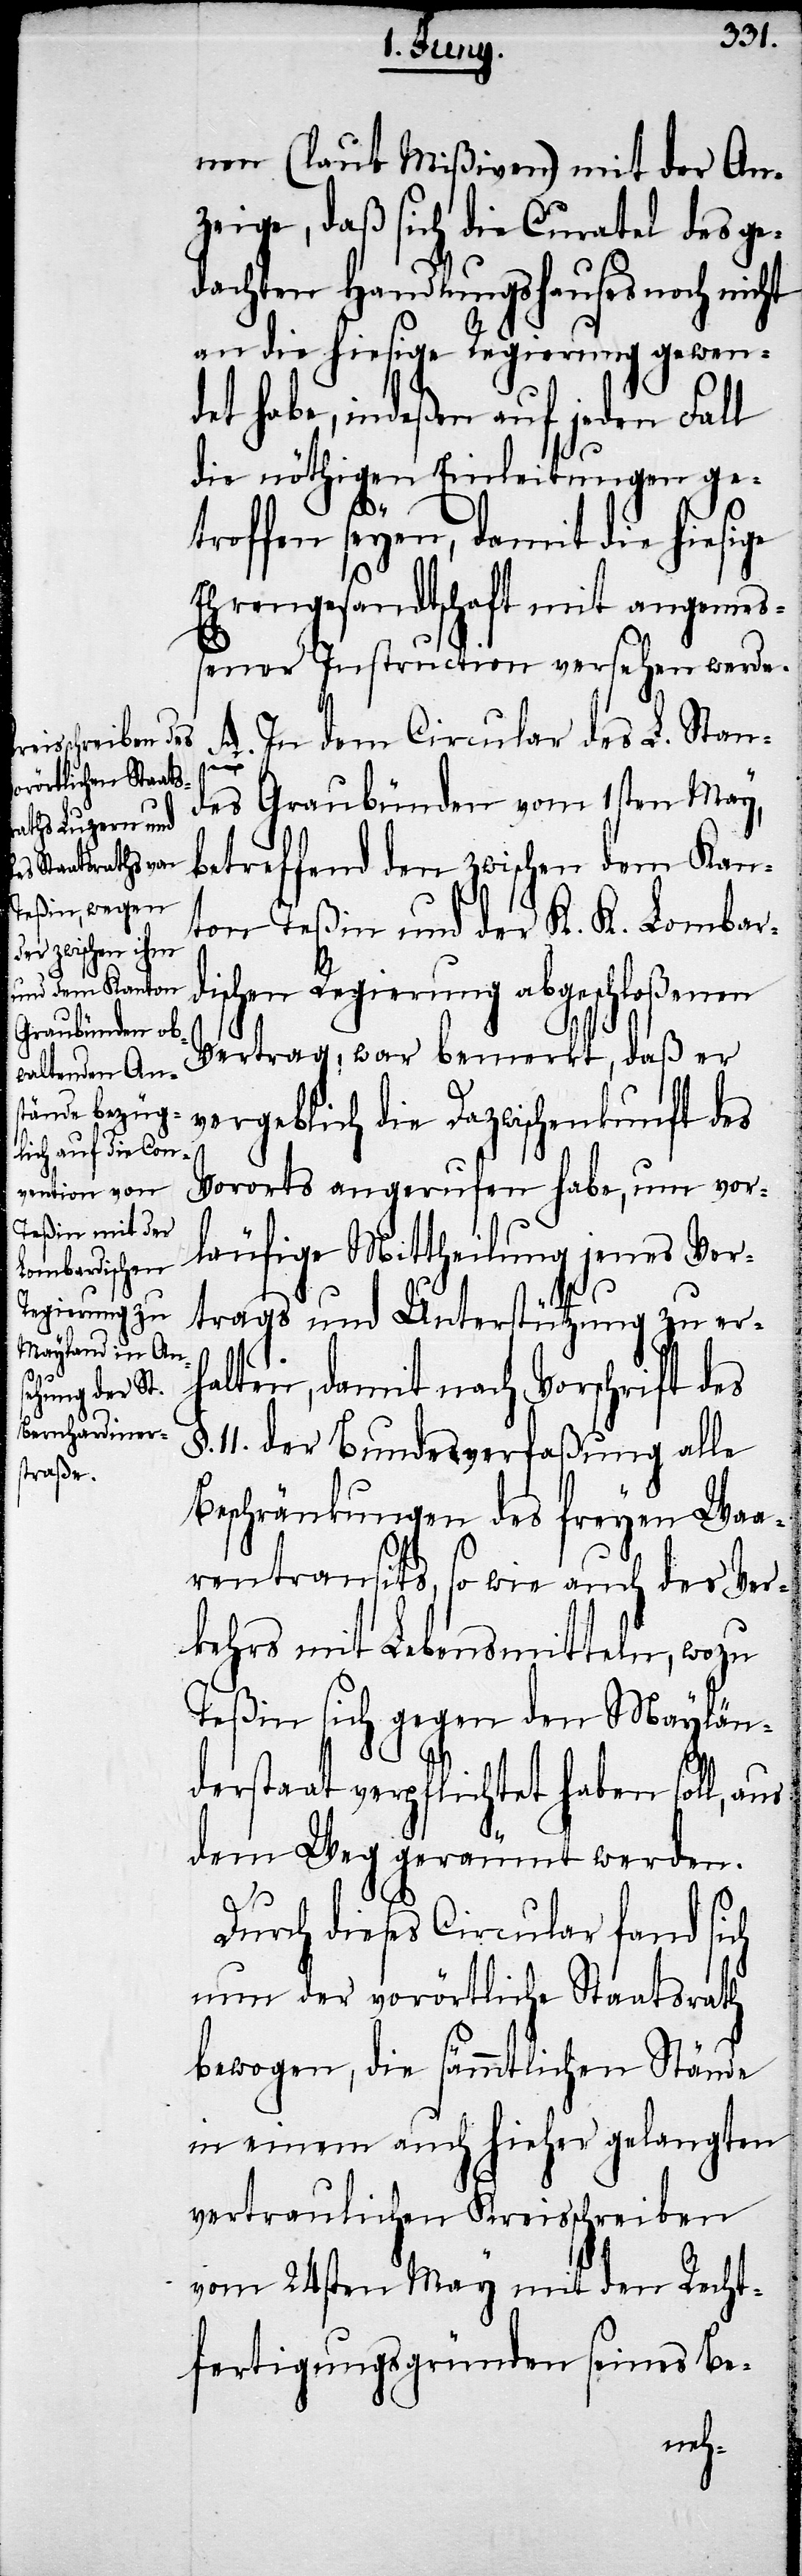
nen (laut Mißiven) mit der An¬
zeige, daß sich die Curatel des ge¬
dachten Handlungshauses noch nicht
an die hiesige Regierung gewend¬
et habe, indeßen auf jeden Fall
die nöthigen Einleitungen ge¬
troffen seyen, damit die hiesige
Ehrengesandtschaft mit angemes¬
sener Instruction versehen werde.
A. In dem Circular des L. Stan¬
des Graubünden vom 1sten May,
betreffend den zwischen dem Kan¬
ton Teßin und der K. K. Lombar¬
dischen Regierung abgeschloßenen
Vertrag, war bemerkt, daß er
vergeblich die Dazwischenkunft des
Vororts angerufen habe, um vor¬
läufige Mittheilung jenes Ver¬
trags und Unterstützung zu er¬
halten, damit nach Vorschrift des
11. der Bundesverfaßung alle
Beschränkungen des freyen Waa¬
rentransits, so wie auch des Ver¬
kehrs mit Lebensmitteln, wozu
Teßin sich gegen den Maylän¬
derstaat verpflichtet haben soll,
dem Weg geräumt werden.
Durch dieses Circular fand sich
nun der vorörtliche Staatsrath
bewogen, die sämmtlichen Stände
in einem auch hieher gelangten
vertraulichen Kreisschreiben
vom 24sten May mit den Recht¬
fertigungsgründen seines Be-